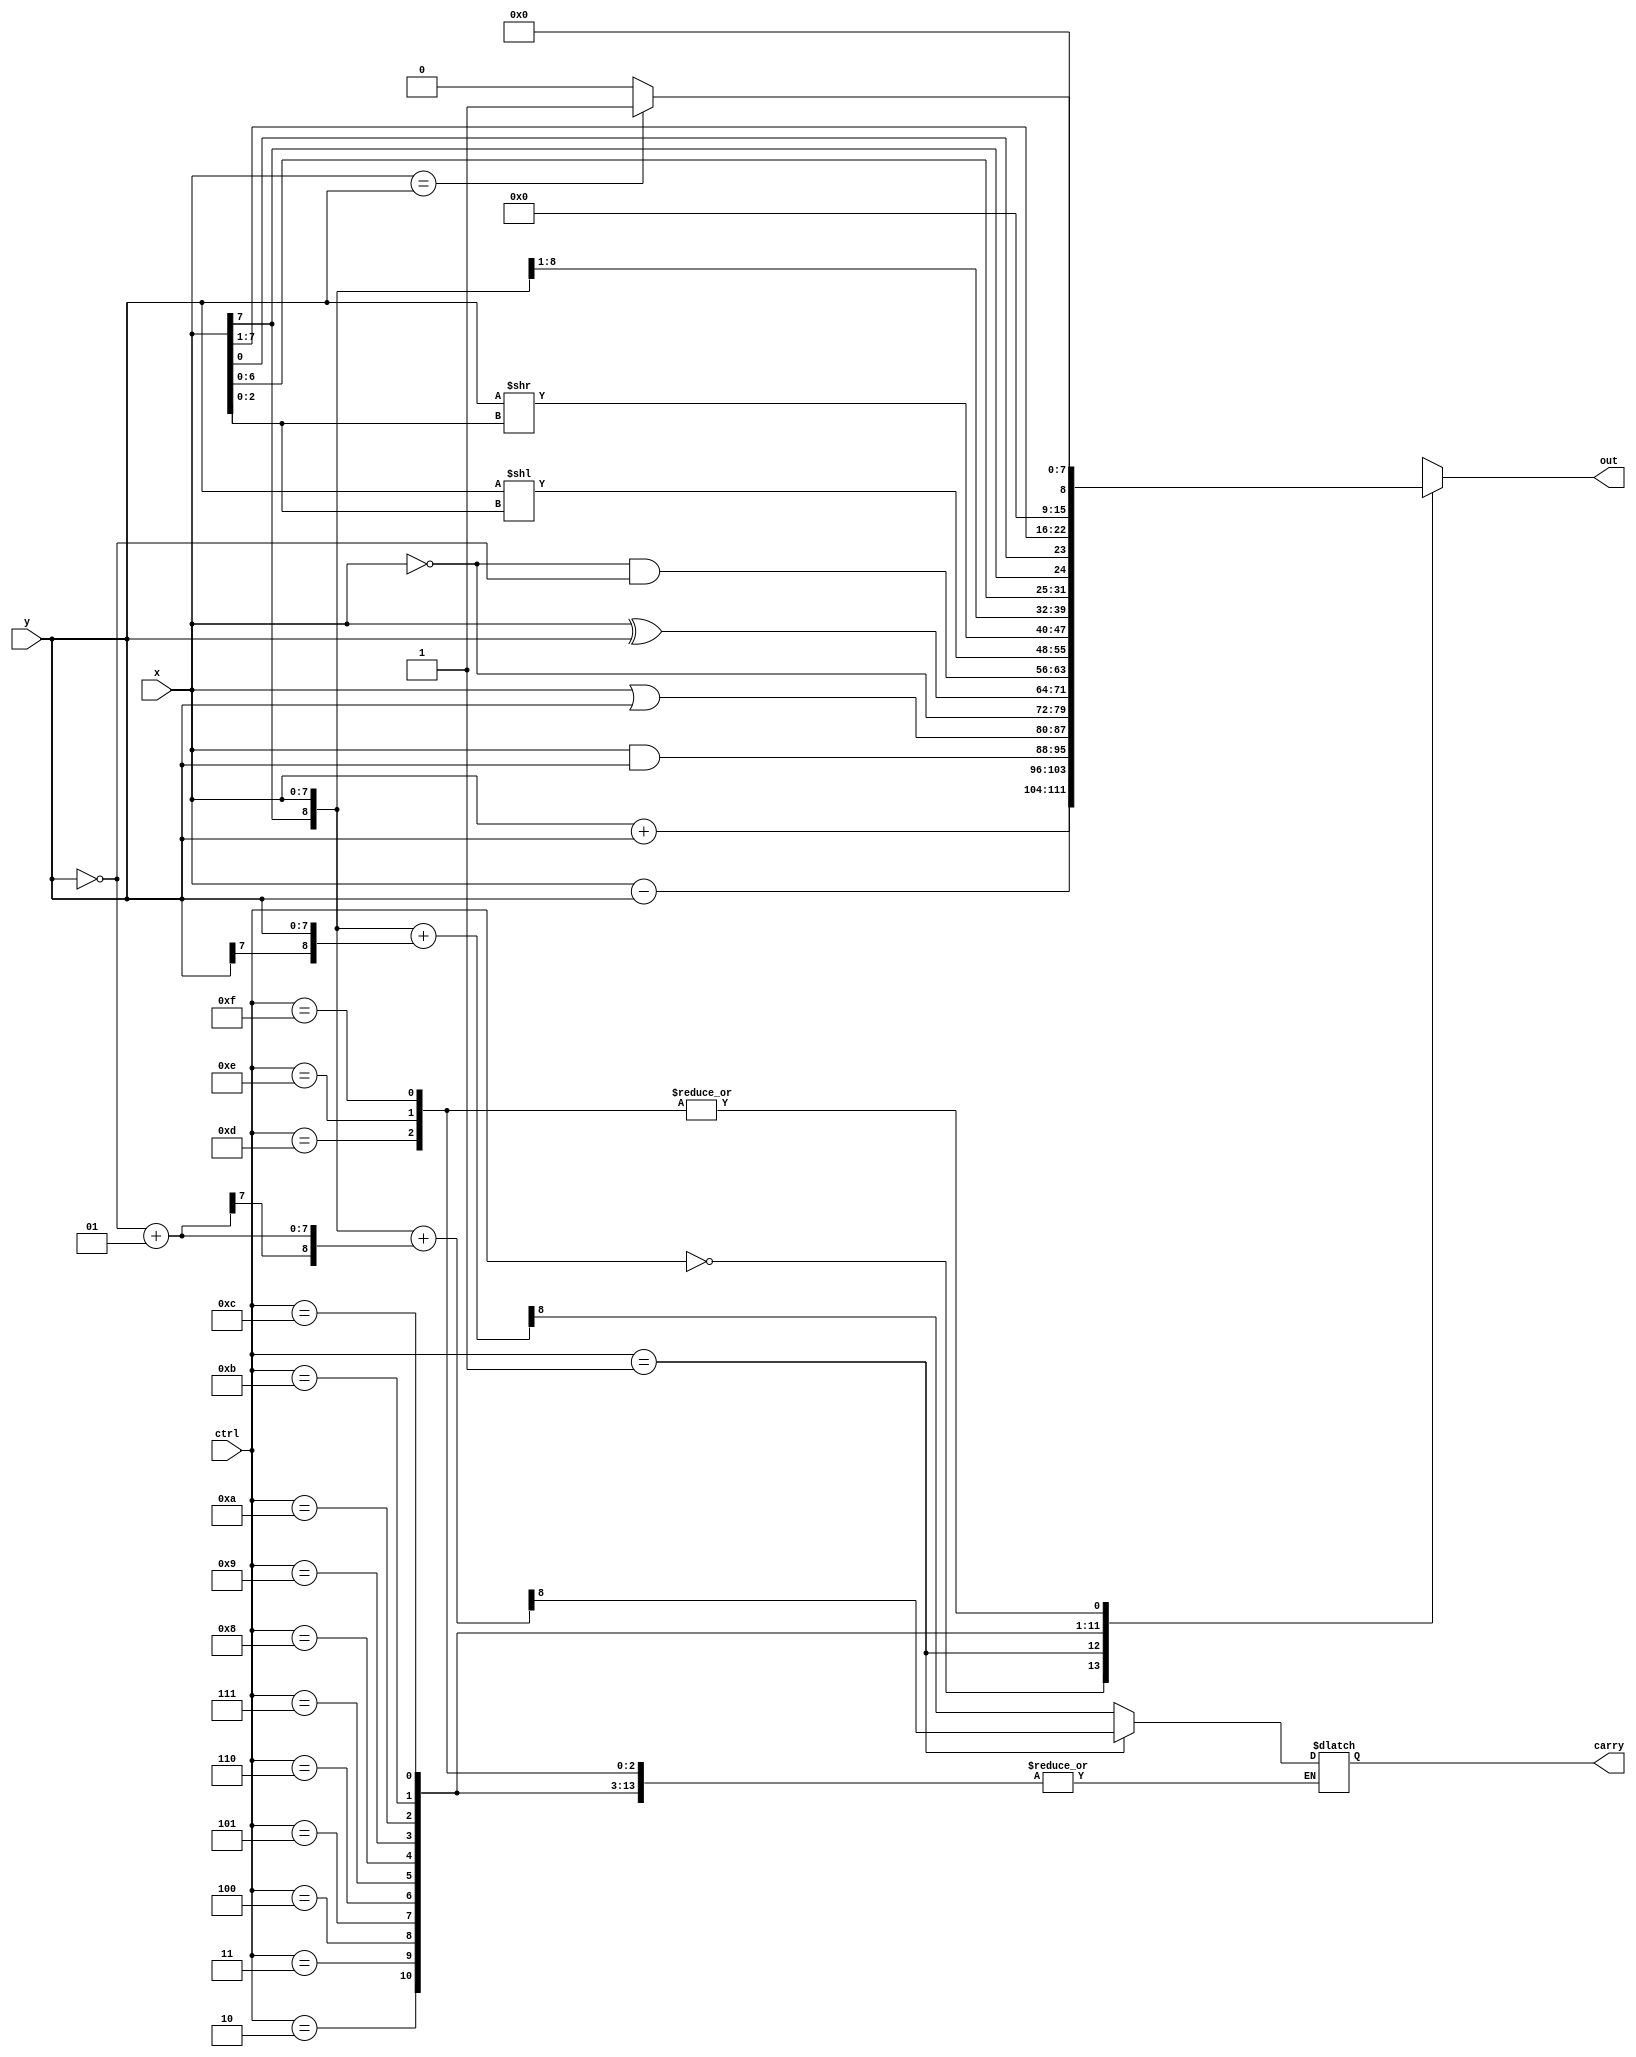
//Behavior level (event-driven) 
module alu(
    ctrl,
    x,
    y,
    carry,
    out  
);
    
    input  [3:0] ctrl;
    input  signed [7:0] x;
    input  signed [7:0] y;
    output       carry;
    output signed [7:0] out;
    reg signed [7:0] out;
    reg 		 carry;
    reg [8:0] tmp;
    reg [7:0] neg;
    
always@(ctrl,x,y)
begin
  case(ctrl)
    4'b0000: begin
    	tmp ={x[7],x}+{y[7],y};
    	carry = tmp[8];
    	out = x+y;
    end
    4'b0001: begin
    	neg = ~y + 00000001;
    	tmp ={x[7],x}+{neg[7],neg};
    	carry = tmp[8];
    	out = x-y;
    end
    4'b0010: out = x & y;
    4'b0011: out = x | y;
    4'b0100: out = ~x;
    4'b0101: out = x ^ y;
    4'b0110: out = ~x & ~y;
    4'b0111: out = y << x[2:0];
    4'b1000: out = y >> x[2:0];
    4'b1001: out = {x[7],x[7:1]};
    4'b1010: out = {x[6:0] , x[7]};
    4'b1011: out = {x[0] , x[7:1]};
    4'b1100: out = (x==y)?1:0;
    4'b1101: out = 0;
    4'b1110: out = 0;
    4'b1111: out = 0;
  endcase
end

endmodule